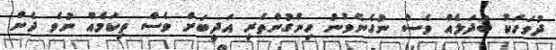
ދުވަހަކު ބަދަލެއް ވެސް ނުގެނެވުނު ހިންގުންތެރި އަދީބަށް ވެސް ތިކަމެއް ނުވެ ދެން